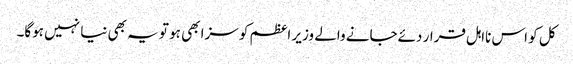
کل کو اس نااہل قرار دئےجانے والے وزیر اعظم کو سزا بھی ہو تو یہ بھی نیا نہیں ہوگا۔